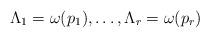
LaTeX: \begin{align*} \Lambda_1=\omega(p_1),\ldots, \Lambda_r=\omega(p_r) \end{align*}